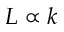
L \propto k